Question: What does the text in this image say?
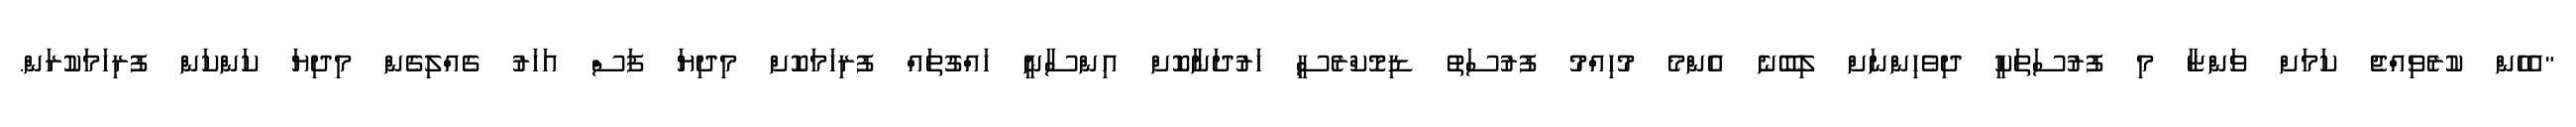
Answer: "އެހެން ކުރެވިއްޖެ ކަމަށް ވަންޏާ މި ފުރުސަތަކީ ދިވެހިންނަށް ލިބޭނެ އެންމެ މުހިއްމު ފުރުސަތު ޑިމޮކްރެސީ ހަރުދަނާކޮށް އިންސާނީ ހައްގުތައް ފުރިހަމަކޮށް މިދިޔަ ފަސް އަހަރު ގެއްލިގެން މިދިޔަ ކަންކަން ފުރިހަމަކުރަން.